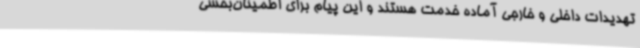
تهدیدات داخلی و خارجی آماده خدمت هستند و این پیام برای اطمینان‌بخشی